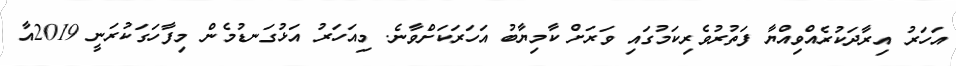
އަހަރު އިރާދަކުރެއްވިއްޔާ ފަތުރުވެރިކަމުގައި ވަރަށް ކާމިޔާބު އަހަރަކަށްވާނެ. މިއަހަރު އަޅުގަނޑުމެން މިފާހަގަކުރަނީ 2019އާ